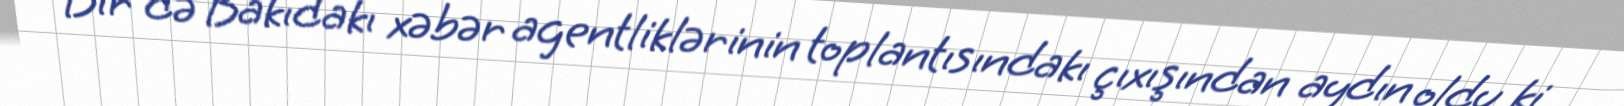
Bir də Bakıdakı xəbər agentliklərinin toplantısındakı çıxışından aydın oldu ki,